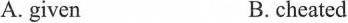
A. givenB.cheated